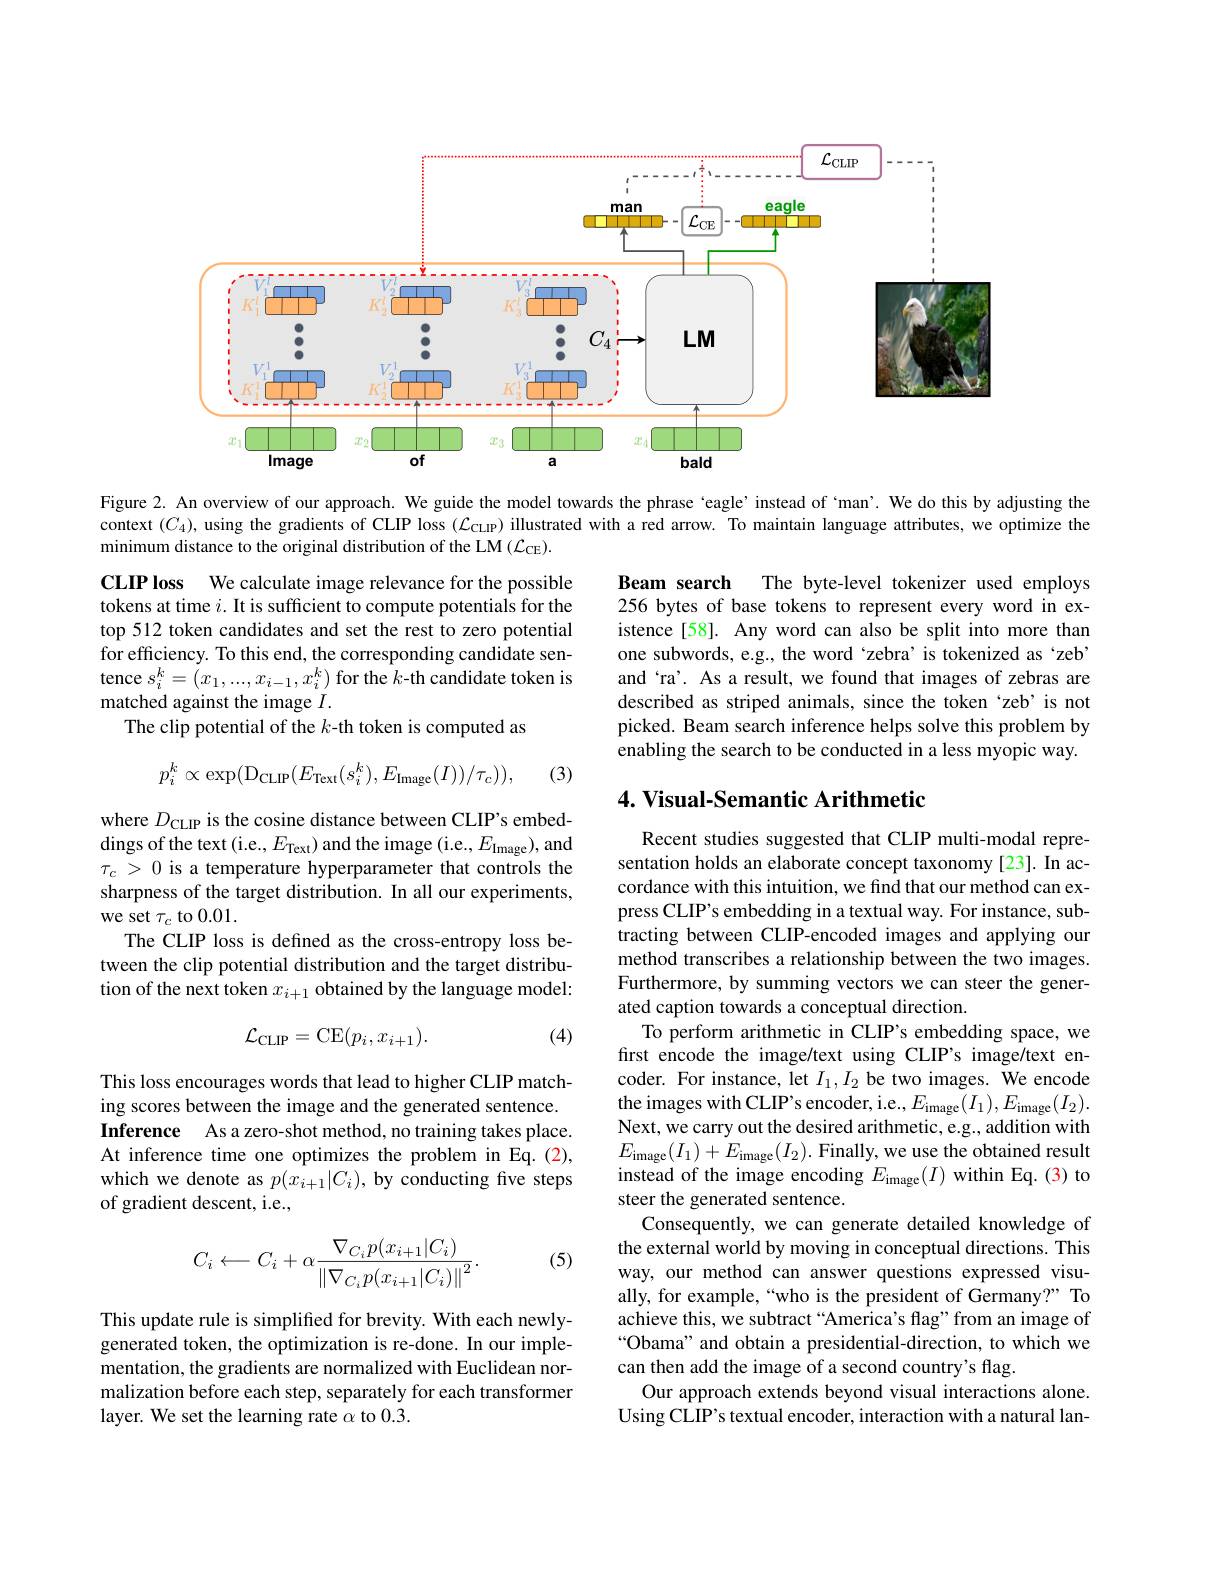
<FigureHere>

Figure 2. An overview of our approach. We guide the model towards the phrase `eagle'instead of ‘man’. We do this by adjusting the context $(C_4)$, using the gradients of CLIP loss $(\mathcal{L}_{\mathrm{CLIP}})$ illustrated with a red arrow. To maintain language attributes, we optimize the minimum distance to the original distribution of the LM ($\mathcal{L}_\mathrm{CE}).$

CLIPloss We calculate image relevance for the possible tokens at time $i.$ It is sufficient to compute potentials for the top 512 token candidates and set the rest to zero potential for efficiency. To this end, the corresponding candidate sentence $s_i^k=(x_1,...,x_{i-1},x_i^k)$ for the $k$-th candidate token is matched against the image $I.$
The clip potential of the $k$-th token is computed as

Beam search
The byte-level tokenizer used employs
256 bytes of base tokens to represent every word in existence[58]. Any word can also be split into more than one subwords, e.g., the word ‘zebra’is tokenized as‘zeb” and‘ra’. As a result, we found that images of zebras are described as striped animals, since the token‘zeb’is not picked. Beam search inference helps solve this problem by enabling the search to be conducted in a less myopic way.
$$p_{i}^{k}\propto\exp(\mathrm{D}_{\mathrm{CLIP}}(E_{\mathrm{Text}}(s_{i}^{k}),E_{\mathrm}(I))/\tau_{c})),$$
(3)

### 4. Visual-Semantic Arithmetic

where $D_{\mathrm{CLIP}}$ is the cosine distance between CLIP's embeddings of the text (i.e., $E_\mathrm{Text})$ and the image (i.e., $E_\mathrm)$,and $\tau_c>0$ is a temperature hyperparameter that controls the sharpness of the target distribution. In all our experiments, we set $\tau_c$ to 0.01.
The CLIP loss is defined as the cross-entropy loss between the clip potential distribution and the target distribution of the next token $x_i+1$ obtained by the language model:

(4)
$$\mathcal{L}_{\mathrm{CLIP}}=\mathrm{CE}(p_{i},x_{i+1}).$$
Recent studies suggested that CLIP multi-modal representation holds an elaborate concept taxonomy[23]. In accordance with this intuition, we find that our method can express CLIP's embedding in a textual way. For instance, sub- $\hat{\text{tracting between CLIP-encoded images and applying our}}$ method transcribes a relationship between the two images. Furthermore, by summing vectors we can steer the generated caption towards a conceptual direction.
To perform arithmetic in CLIP's embedding space, we first encode the image/text using CLIP's image/text encoder. For instance, let $I_1,I_2$ be two images. We encode the images with CLIP's encoder, i.e., $E_\mathrm(I_{1}),E_\mathrm(I_{2}).$ Next, we carry out the desired arithmetic, e.g., addition with $E_{\mathrm}(I_{1})+E_{\mathrm}(I_{2}).$ Finally, we use the obtained result instead of the image encoding $E_\mathrm(I)$ within Eq.(3) to steer the generated sentence.
Consequently, we can generate detailed knowledge of the external world by moving in conceptual directions. This way, our method can answer questions expressed visually, for example,“who is the president of Germany?” To achieve this, we subtract “America's flag”from an image of “Obama" and obtain a presidential-direction, to which we can then add the image of a second country's flag.
Our approach extends beyond visual interactions alone. Using CLIP's textual encoder, interaction with a natural lan-

This loss encourages words that lead to higher CLIP matching scores between the image and the generated sentence. Inference As a zero-shot method, no training takes place. At inference time one optimizes the problem in Eq.(2), which we denote as $p(x_{i+1}|C_{i})$, by conducting five steps of gradient descent, i.e.,

(5)
$$C_i\longleftarrow C_i+\alpha\frac{\nabla_{C_i}p(x_{i+1}|C_i)}{\left\|\nabla_{C_i}p(x_{i+1}|C_i)\right\|^2}.$$
This update rule is simplified for brevity. With each newlygenerated token, the optimization is re-done. In our implementation, the gradients are normalized with Euclidean normalization before each step, separately for each transformer layer. We set the learning rate $\alpha$ to 0.3.